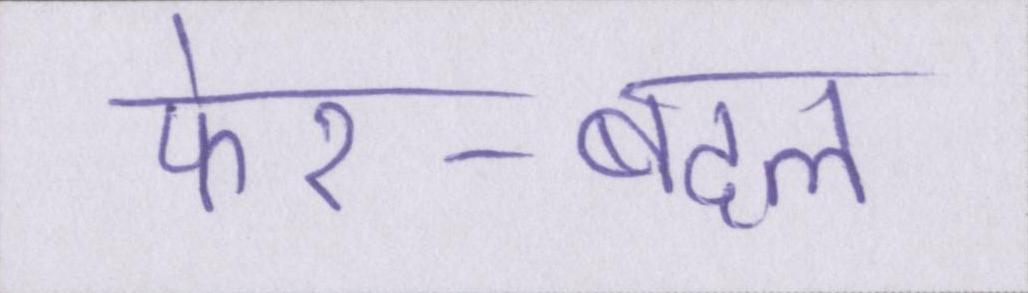
फेर-बदल